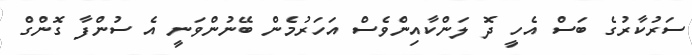
ސަރުކާރުގެ ބަސް އެހީ ދަޮ ލަންކާއިންވެސް އަހަރުމެން ބޭނުންވަނީ އެ ސުންފާ ގޮންގް